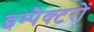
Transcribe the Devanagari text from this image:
इम्पैक्टरों